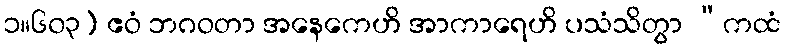
၁။၆၀၃) ဧဝံ ဘဂဝတာ အနေကေဟိ အာကာရေဟိ ပသံသိတွာ “ကထံ